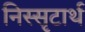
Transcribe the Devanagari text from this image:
निस्सृटार्थ